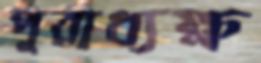
পুরাধ্যক্ষ